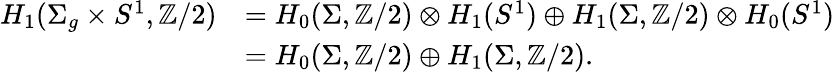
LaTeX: \begin{array}{rl}{H_{1}(\Sigma_{g}\times S^{1},\mathbb{Z}/2)}&{=H_{0}(\Sigma,\mathbb{Z}/2)\otimes H_{1}(S^{1})\oplus H_{1}(\Sigma,\mathbb{Z}/2)\otimes H_{0}(S^{1})}\\ &{=H_{0}(\Sigma,\mathbb{Z}/2)\oplus H_{1}(\Sigma,\mathbb{Z}/2).}\end{array}